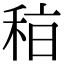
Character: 𥞞